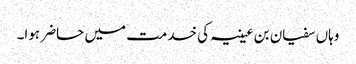
وہاں سفیان بن عیینہ کی خدمت میں حاضر ہوا۔